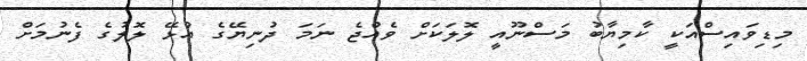
މިޑިވައިސްއަކީ ކާމިޔާބު މަސްނޫއީ ލޮލަކަށް ވެއްޖެ ނަމަ ދުނިޔޭގެ އުޅޭ ލޮލުގެ ފެނުމަށް